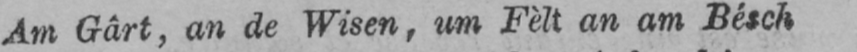
Am Gârt, an de Wisen, um Fèlt an am Bésch